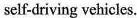
self-driving vehicles.